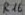
Text: R16